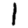
Digit: 1